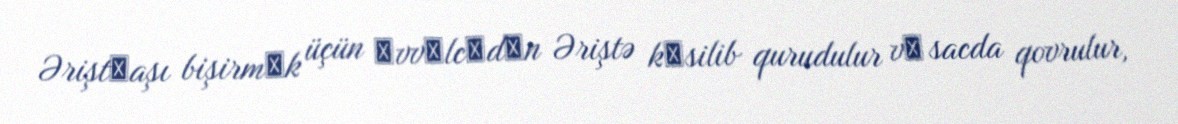
Əriştәaşı bişirmәk üçün әvvәlcәdәn Əriştə kәsilib qurudulur vә sacda qovrulur,